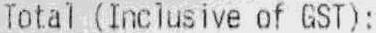
TOTAL (INCLUSIVE OF GST):